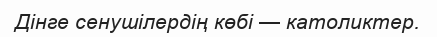
Дінге сенушілердің көбі — католиктер.